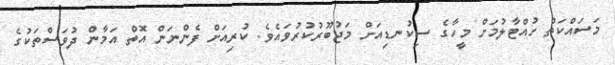
މަސައްކަތް ހުއްޓާލުމަށް މީހާގެ ސިކުނޑިއަށް މަޖުބޫރުކުރުވައެވެ. ކުރިއަށް ފެންނަން އޮތް އަމާން ދުވަސްތަކުގެ